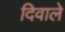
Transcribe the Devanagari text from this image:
दिवाले